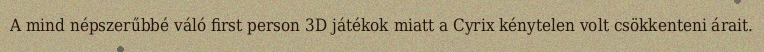
A mind népszerűbbé váló first person 3D játékok miatt a Cyrix kénytelen volt csökkenteni árait.